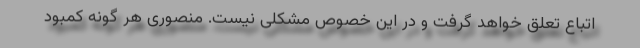
اتباع تعلق خواهد گرفت و در این خصوص مشکلی نیست. منصوری هر گونه کمبود